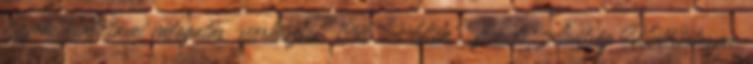
Egyéni kiállításai válogatás szerkesztés 1996 „Uton” Bencés Apátság Kiállítóterme,